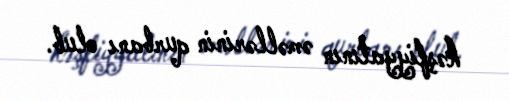
kəşfiyyatının əməllərinin qurbanı olub.